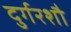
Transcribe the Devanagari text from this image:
दुर्गरशौ